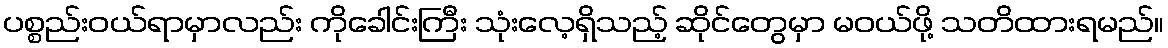
ပစ္စည်းဝယ်ရာမှာလည်း ကိုခေါင်းကြီး သုံးလေ့ရှိသည့် ဆိုင်တွေမှာ မဝယ်ဖို့ သတိထားရမည်။